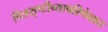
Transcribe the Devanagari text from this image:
चित्रसृष्टीच्यापरिपेक्षात